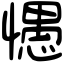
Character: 㦙